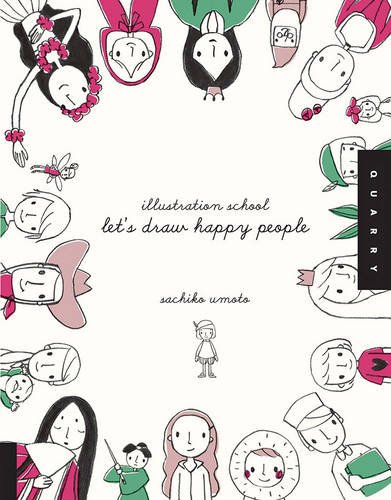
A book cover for Illustration School: Let's Draw Happy People; Sachiko Umoto; Comics & Graphic Novels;